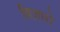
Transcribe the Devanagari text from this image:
बिज़ारो